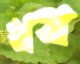
খ্রষ